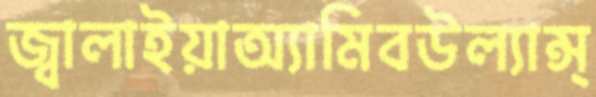
জ্বালাইয়াঅ্যামিবউল্যান্স্